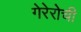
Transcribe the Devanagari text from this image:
गेरेरोची